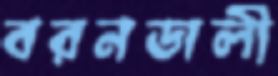
বরনডালী